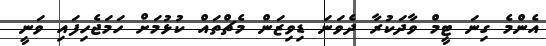
އެންމެ ގިނަ ޓީމް ވާދަކުރާ ދެވަނަ ޑިވިޒަން މެޗްތައް ކުޅުމަށް ހަމަޖެހިފައި ވަނީ